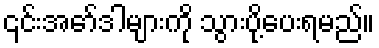
၎င်းအော်ဒါများကို သွားပို့ပေးရမည်။